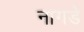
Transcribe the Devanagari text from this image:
नागडे